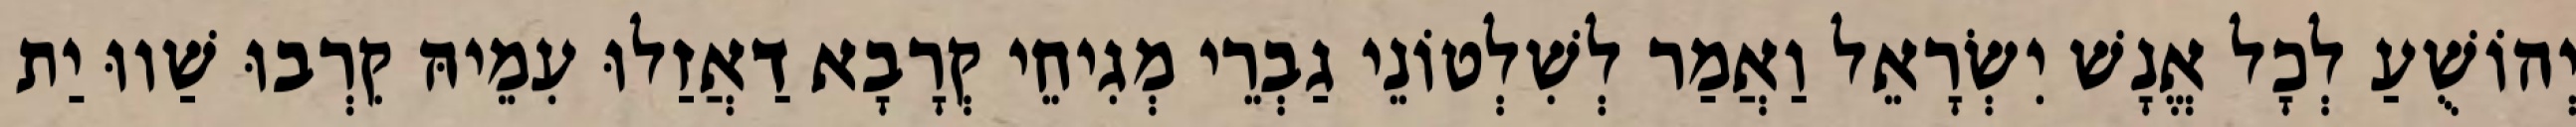
יְהוֹשֻׁעַ לְכָל אֱנָשׁ יִשְׂרָאֵל וַאֲמַר לְשִׁלְטוֹנֵי גַבְרֵי מְגִיחֵי קְרָבָא דַאֲזַלוּ עִמֵיהּ קִרְבוּ שַׁווּ יַת